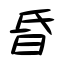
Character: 昏